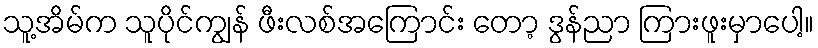
သူ့အိမ်က သူပိုင်ကျွန် ဖီးလစ်အကြောင်း တော့ ဒွန်ညာ ကြားဖူးမှာပေါ့။